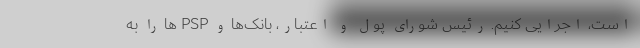
است، ‌اجرایی کنیم. رئیس شورای پول و اعتبار، بانک‌ها و PSP ها را به